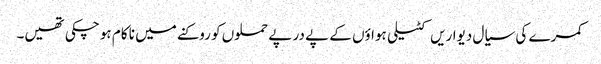
کمرے کی سیال دیواریں کٹیلی ہواؤں کے پے در پے حملوں کو روکنے میں نا کام ہو چکی تھیں۔